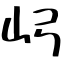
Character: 𫝳